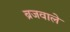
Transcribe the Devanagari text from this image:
ब्रजवाले